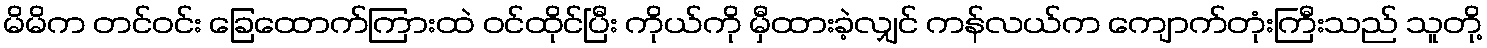
မိမိက တင်ဝင်း ခြေထောက်ကြားထဲ ဝင်ထိုင်ပြီး ကိုယ်ကို မှီထားခဲ့လျှင် ကန်လယ်က ကျောက်တုံးကြီးသည် သူတို့